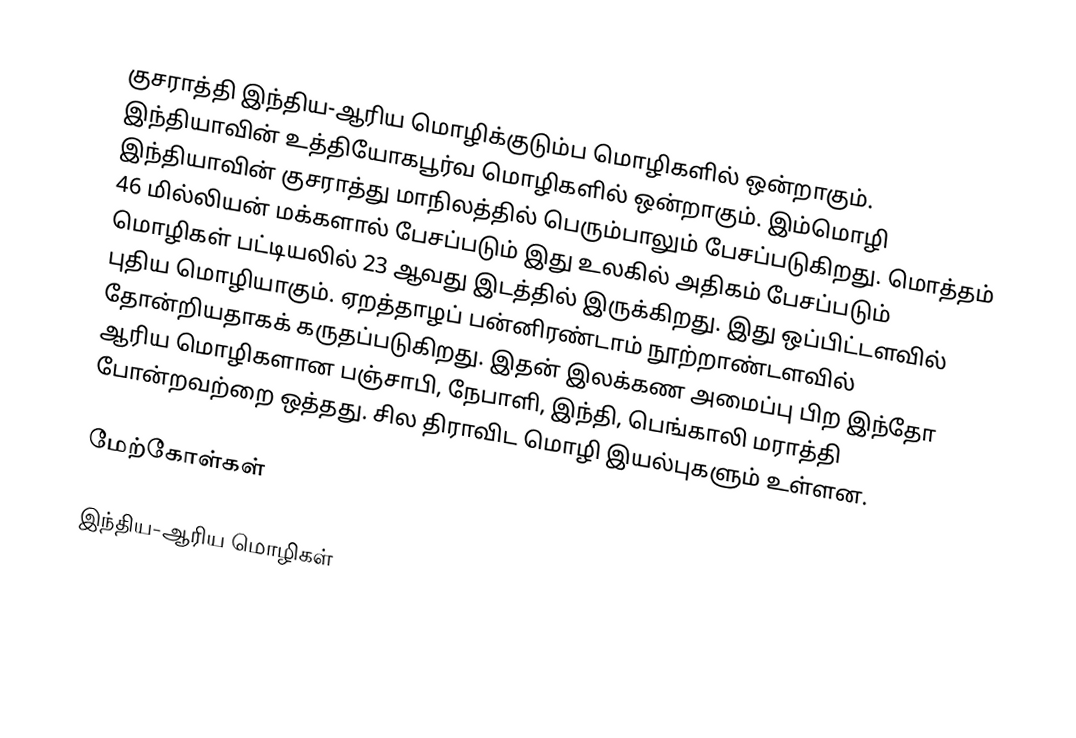
குசராத்தி இந்திய-ஆரிய மொழிக்குடும்ப மொழிகளில் ஒன்றாகும். இந்தியாவின் உத்தியோகபூர்வ மொழிகளில் ஒன்றாகும். இம்மொழி இந்தியாவின் குசராத்து மாநிலத்தில் பெரும்பாலும் பேசப்படுகிறது. மொத்தம் 46 மில்லியன் மக்களால் பேசப்படும் இது உலகில் அதிகம் பேசப்படும் மொழிகள் பட்டியலில் 23 ஆவது இடத்தில் இருக்கிறது. இது ஒப்பிட்டளவில் புதிய மொழியாகும். ஏறத்தாழப் பன்னிரண்டாம் நூற்றாண்டளவில் தோன்றியதாகக் கருதப்படுகிறது. இதன் இலக்கண அமைப்பு பிற இந்தோ ஆரிய மொழிகளான பஞ்சாபி, நேபாளி, இந்தி, பெங்காலி மராத்தி போன்றவற்றை ஒத்தது. சில திராவிட மொழி இயல்புகளும் உள்ளன.

மேற்கோள்கள்

இந்திய-ஆரிய மொழிகள்